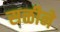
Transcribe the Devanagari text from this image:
सळीने